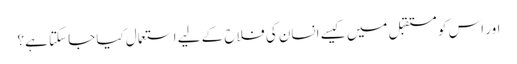
اور اس کو مستقبل میں کیسے انسان کی فلاح کے لیے استعمال کیا جا سکتا ہے؟